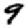
Digit: 9